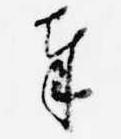
奉